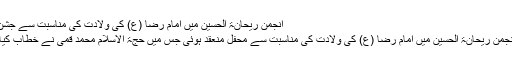
انجمن ریحانۃ الحسین میں امام رضا (ع) کی ولادت کی مناسبت سے جشن
انجمن ریحانۃ الحسین میں امام رضا (ع) کی ولادت کی مناسبت سے محفل منعقد ہوئی جس میں حجۃ الاسلام محمد قمی نے خطاب کیا۔